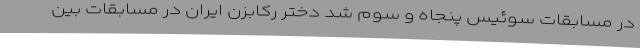
در مسابقات سوئیس پنجاه و سوم شد دختر رکابزن ایران در مسابقات بین